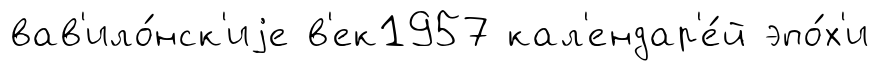
вав'ило́нск'иjе в'ек1957 кал'ендар'е́й эпо́х'и